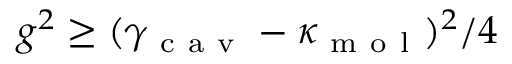
g ^ { 2 } \ge ( \gamma _ { \mathrm { ~ c ~ a ~ v ~ } } - \kappa _ { \mathrm { ~ m ~ o ~ l ~ } } ) ^ { 2 } / 4